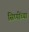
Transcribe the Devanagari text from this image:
सिप्पींच्या